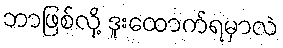
ဘာဖြစ်လို့ ဒူးထောက်ရမှာလဲ